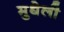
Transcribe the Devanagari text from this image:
मुधेली